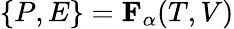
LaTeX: {\{ P,E\} }=\mathbf{F}_{\alpha}(T,V)